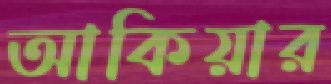
আকিয়ার